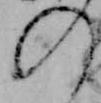
の